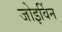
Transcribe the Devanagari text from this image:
जोइर्विन